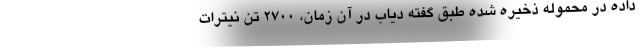
داده در محموله ذخیره شده طبق گفته دیاب در آن زمان، ۲۷۰۰ تن نیترات